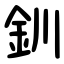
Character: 釧